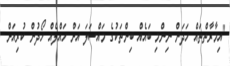
"އިމާރާތްތައް ހަދަން ނިންމި ބައެއް ބިންތަކުގެ މައްސަލަ އަށް ހައްލެއް ހޯދުން ކުރިއަށް